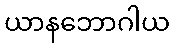
ယာနဘောဂါယ